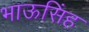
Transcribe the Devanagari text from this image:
भाऊसिंह